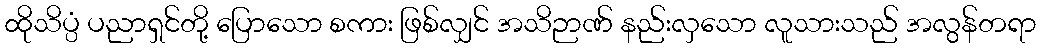
ထိုသိပ္ပံ ပညာရှင်တို့ ပြောသော စကား ဖြစ်လျှင် အသိဉာဏ် နည်းလှသော လူသားသည် အလွန်တရာ